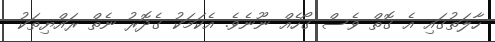
ހާލަތުގައި އެ ގޮތް ވެސް ގޯހެއް ނޫނެވެ. އެކަމަކު ގެދޮރު ނެތް ރައްޔިތަކު